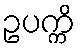
ဥပက္ကိ